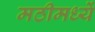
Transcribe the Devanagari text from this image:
मठीमध्यें